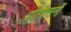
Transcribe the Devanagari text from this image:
प्रतिवेतनों